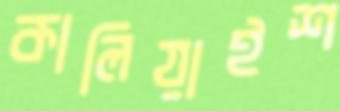
কালিয়াইশ